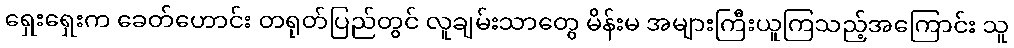
ရှေးရှေးက ခေတ်ဟောင်း တရုတ်ပြည်တွင် လူချမ်းသာတွေ မိန်းမ အများကြီးယူကြသည့်အကြောင်း သူ